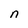
Character: n